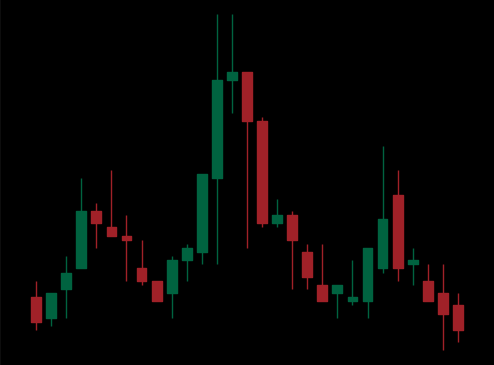
Pattern: head_shoulders